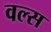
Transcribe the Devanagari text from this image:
वल्स